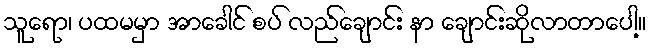
သူရော၊ ပထမမှာ အာခေါင် စပ် လည်ချောင်း နာ ချောင်းဆိုလာတာပေါ့။